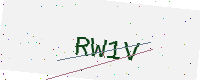
Text: RW1V